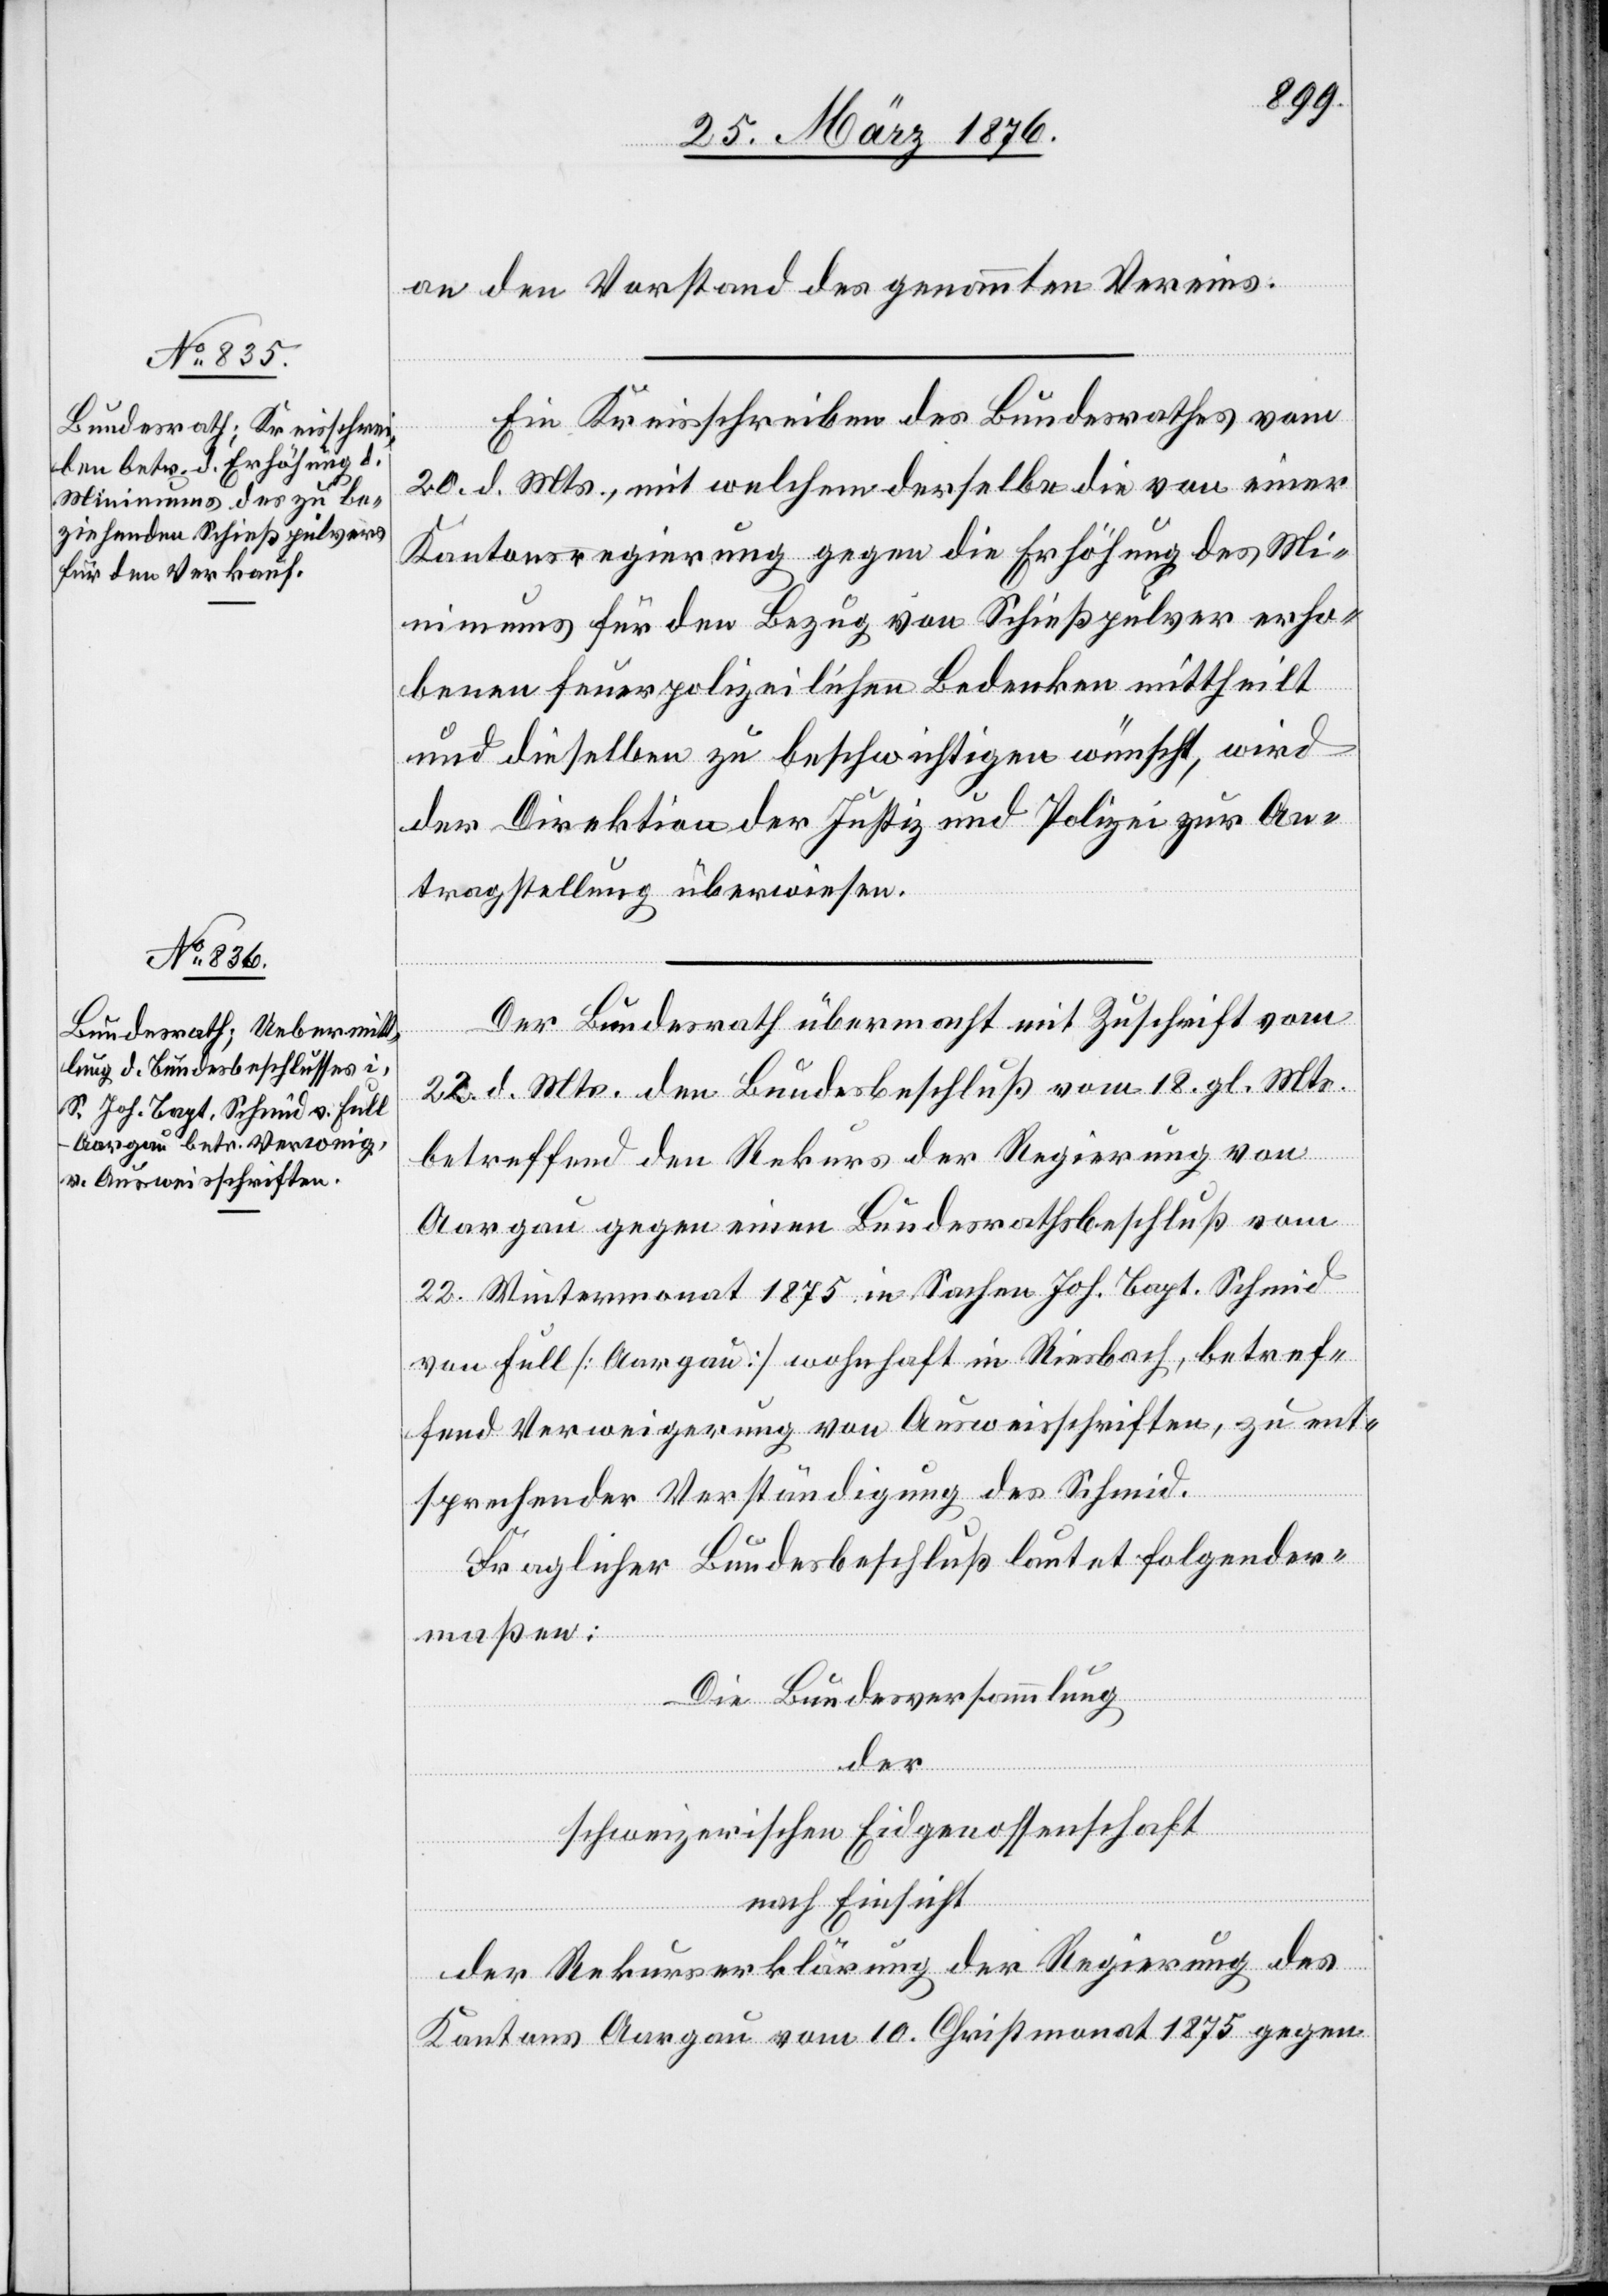
an den Vorstand des genannten Vereins.
Ein Kreisschreiben des Bundesrathes vom
20. d. Mts., mit welchem derselbe die von einer
Kantonsregierung gegen die Erhöhung des Mi¬
nimums für den Bezug von Schießpulver erho¬
benen feuerpolizeilichen Bedenken mittheilt
und dieselben zu beschwichtigen wünscht, wird
der Direktion der Justiz und Polizei zur An¬
tragstellung überwiesen.
Der Bundesrath übermacht mit Zuschrift vom
22. d. Mts. den Bundesbeschluß vom 18. gl. Mts.
betreffend den Rekurs der Regierung von
Aargau gegen einen Bundesrathsbeschluß vom
22. Wintermonat 1875 in Sachen Joh. Bapt. Schmid
von Full [Aargau] wohnhaft in Riesbach, betref¬
fend Verweigerung von Ausweisschriften, zu ent¬
sprechender Verständigung des Schmid.
Fraglicher Bundesbeschluß lautet folgender¬
maßen:
Die Bundesversammlung
der
schweizerischen Eidgenossenschaft
nach Einsicht
der Rekurserklärung der Regierung des
Kantons Aargau vom 10. Christmonat 1875 gegen